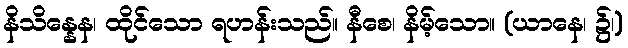
နိသိန္နေန၊ ထိုင်သော ရဟန်းသည်။ နီစေ၊ နိမ့်သော။ (ယာနေ၊ ၌၊)